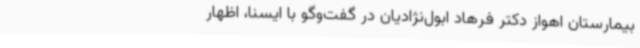
بیمارستان اهواز دکتر فرهاد ابول‌نژادیان در گفت‌وگو با ایسنا، اظهار